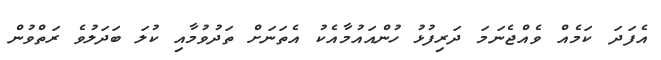
އެފަދަ ކަމެއް ވެއްޖެނަމަ ދަރިފުޅު ހުންއައުމާއެކު އެތަނަށް ތަދުވުމާއި ކުލަ ބަދަލުވެ ރަތްވުން